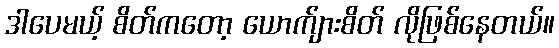
ဒါပေမယ့် စိတ်ကတော့ ယောက်ျားစိတ် လိုဖြစ်နေတယ်။